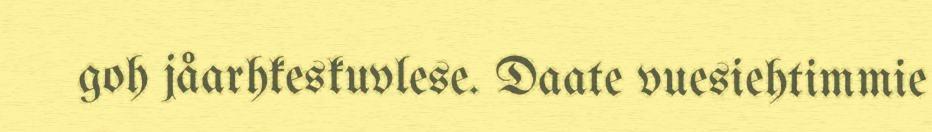
goh jåarhkeskuvlese. Daate vuesiehtimmie